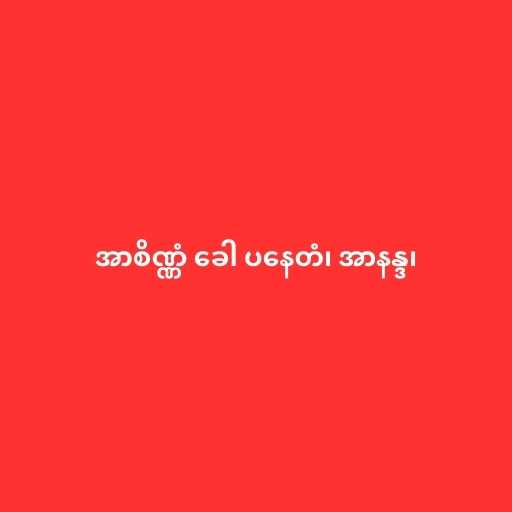
အာစိဏ္ဏံ ခေါ ပနေတံ၊ အာနန္ဒ၊